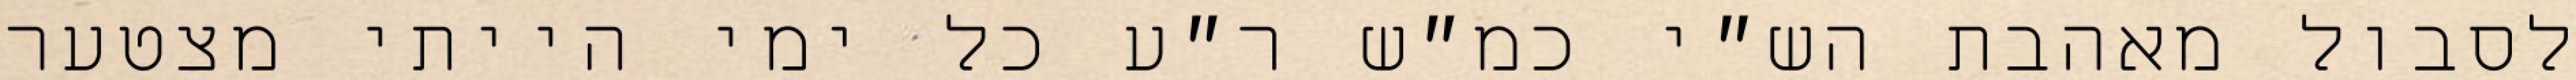
לסבול מאהבת הש״י כמ״ש ר״ע כל ימי הייתי מצטער